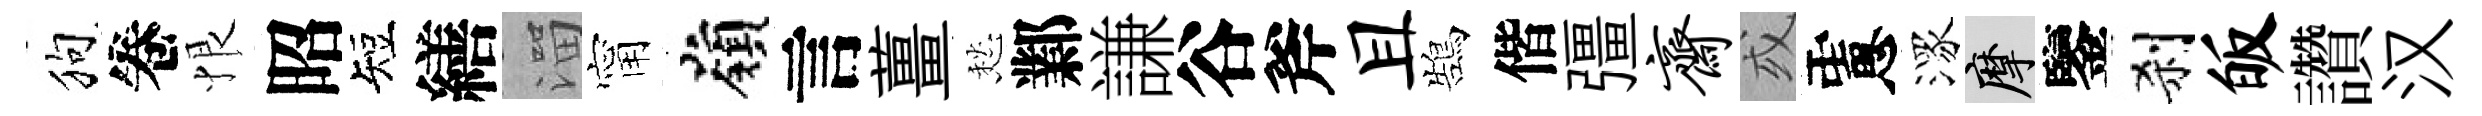
狗卷恨昭短繕溜甯嶺言薑愁鄴謙谷斧且鵠偕彊斋或慮潈摩鑒刹皈讚汉